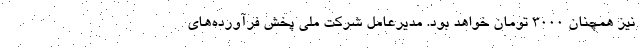
نیز همچنان ۳۰۰۰ تومان خواهد بود. مدیرعامل شرکت ملی پخش فرآورده‌های